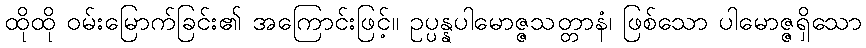
ထိုထို ဝမ်းမြောက်ခြင်း၏ အကြောင်းဖြင့်။ ဥပ္ပန္နပါမောဇ္ဇသတ္တာနံ၊ ဖြစ်သော ပါမောဇ္ဇရှိသော